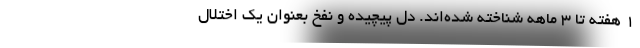
1 هفته تا 3 ماهه شناخته شده‌اند. دل پیچیده و نفخ بعنوان یک اختلال